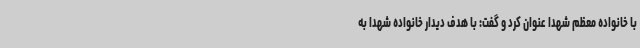
با خانواده معظم شهدا عنوان کرد و گفت: با هدف دیدار خانواده شهدا به